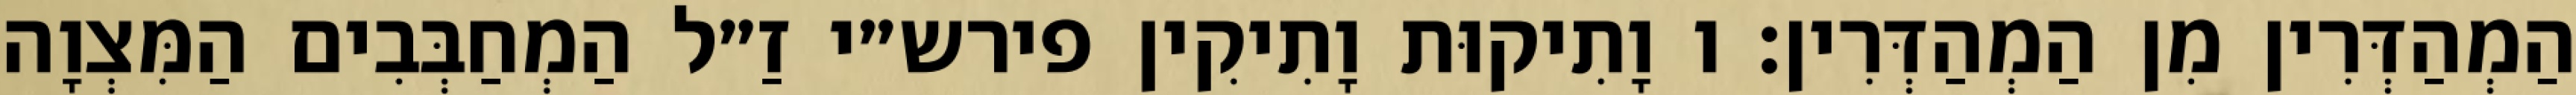
הַמְהַדְּרִין מִן הַמְהַדְּרִין: ו וָתִיקוּת וָתִיקִין פירש״י זַ״ל הַמְחַבְּבִים הַמִּצְוָה